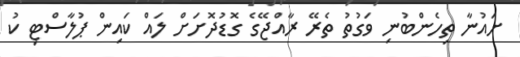
ށައުނާ ތިހެންބުނި ވަގުތު ތެރޭ ރާއްޖޭގެ ގޮޑުދޮށަށް ލައް ކައިން ޕުލާސްޓި ކު